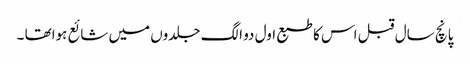
پانچ سال قبل اس کا طبع اول دو الگ جلدوں میں شائع ہواتھا ۔